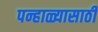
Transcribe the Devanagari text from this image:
पन्हाळ्यासाठी